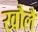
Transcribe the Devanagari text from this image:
खौलै